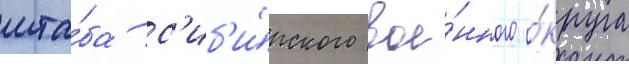
шта́ба с'иб'и́рского вое́нного о́круга